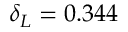
\delta _ { L } = 0 . 3 4 4